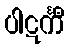
ပါဋင်္ကီ